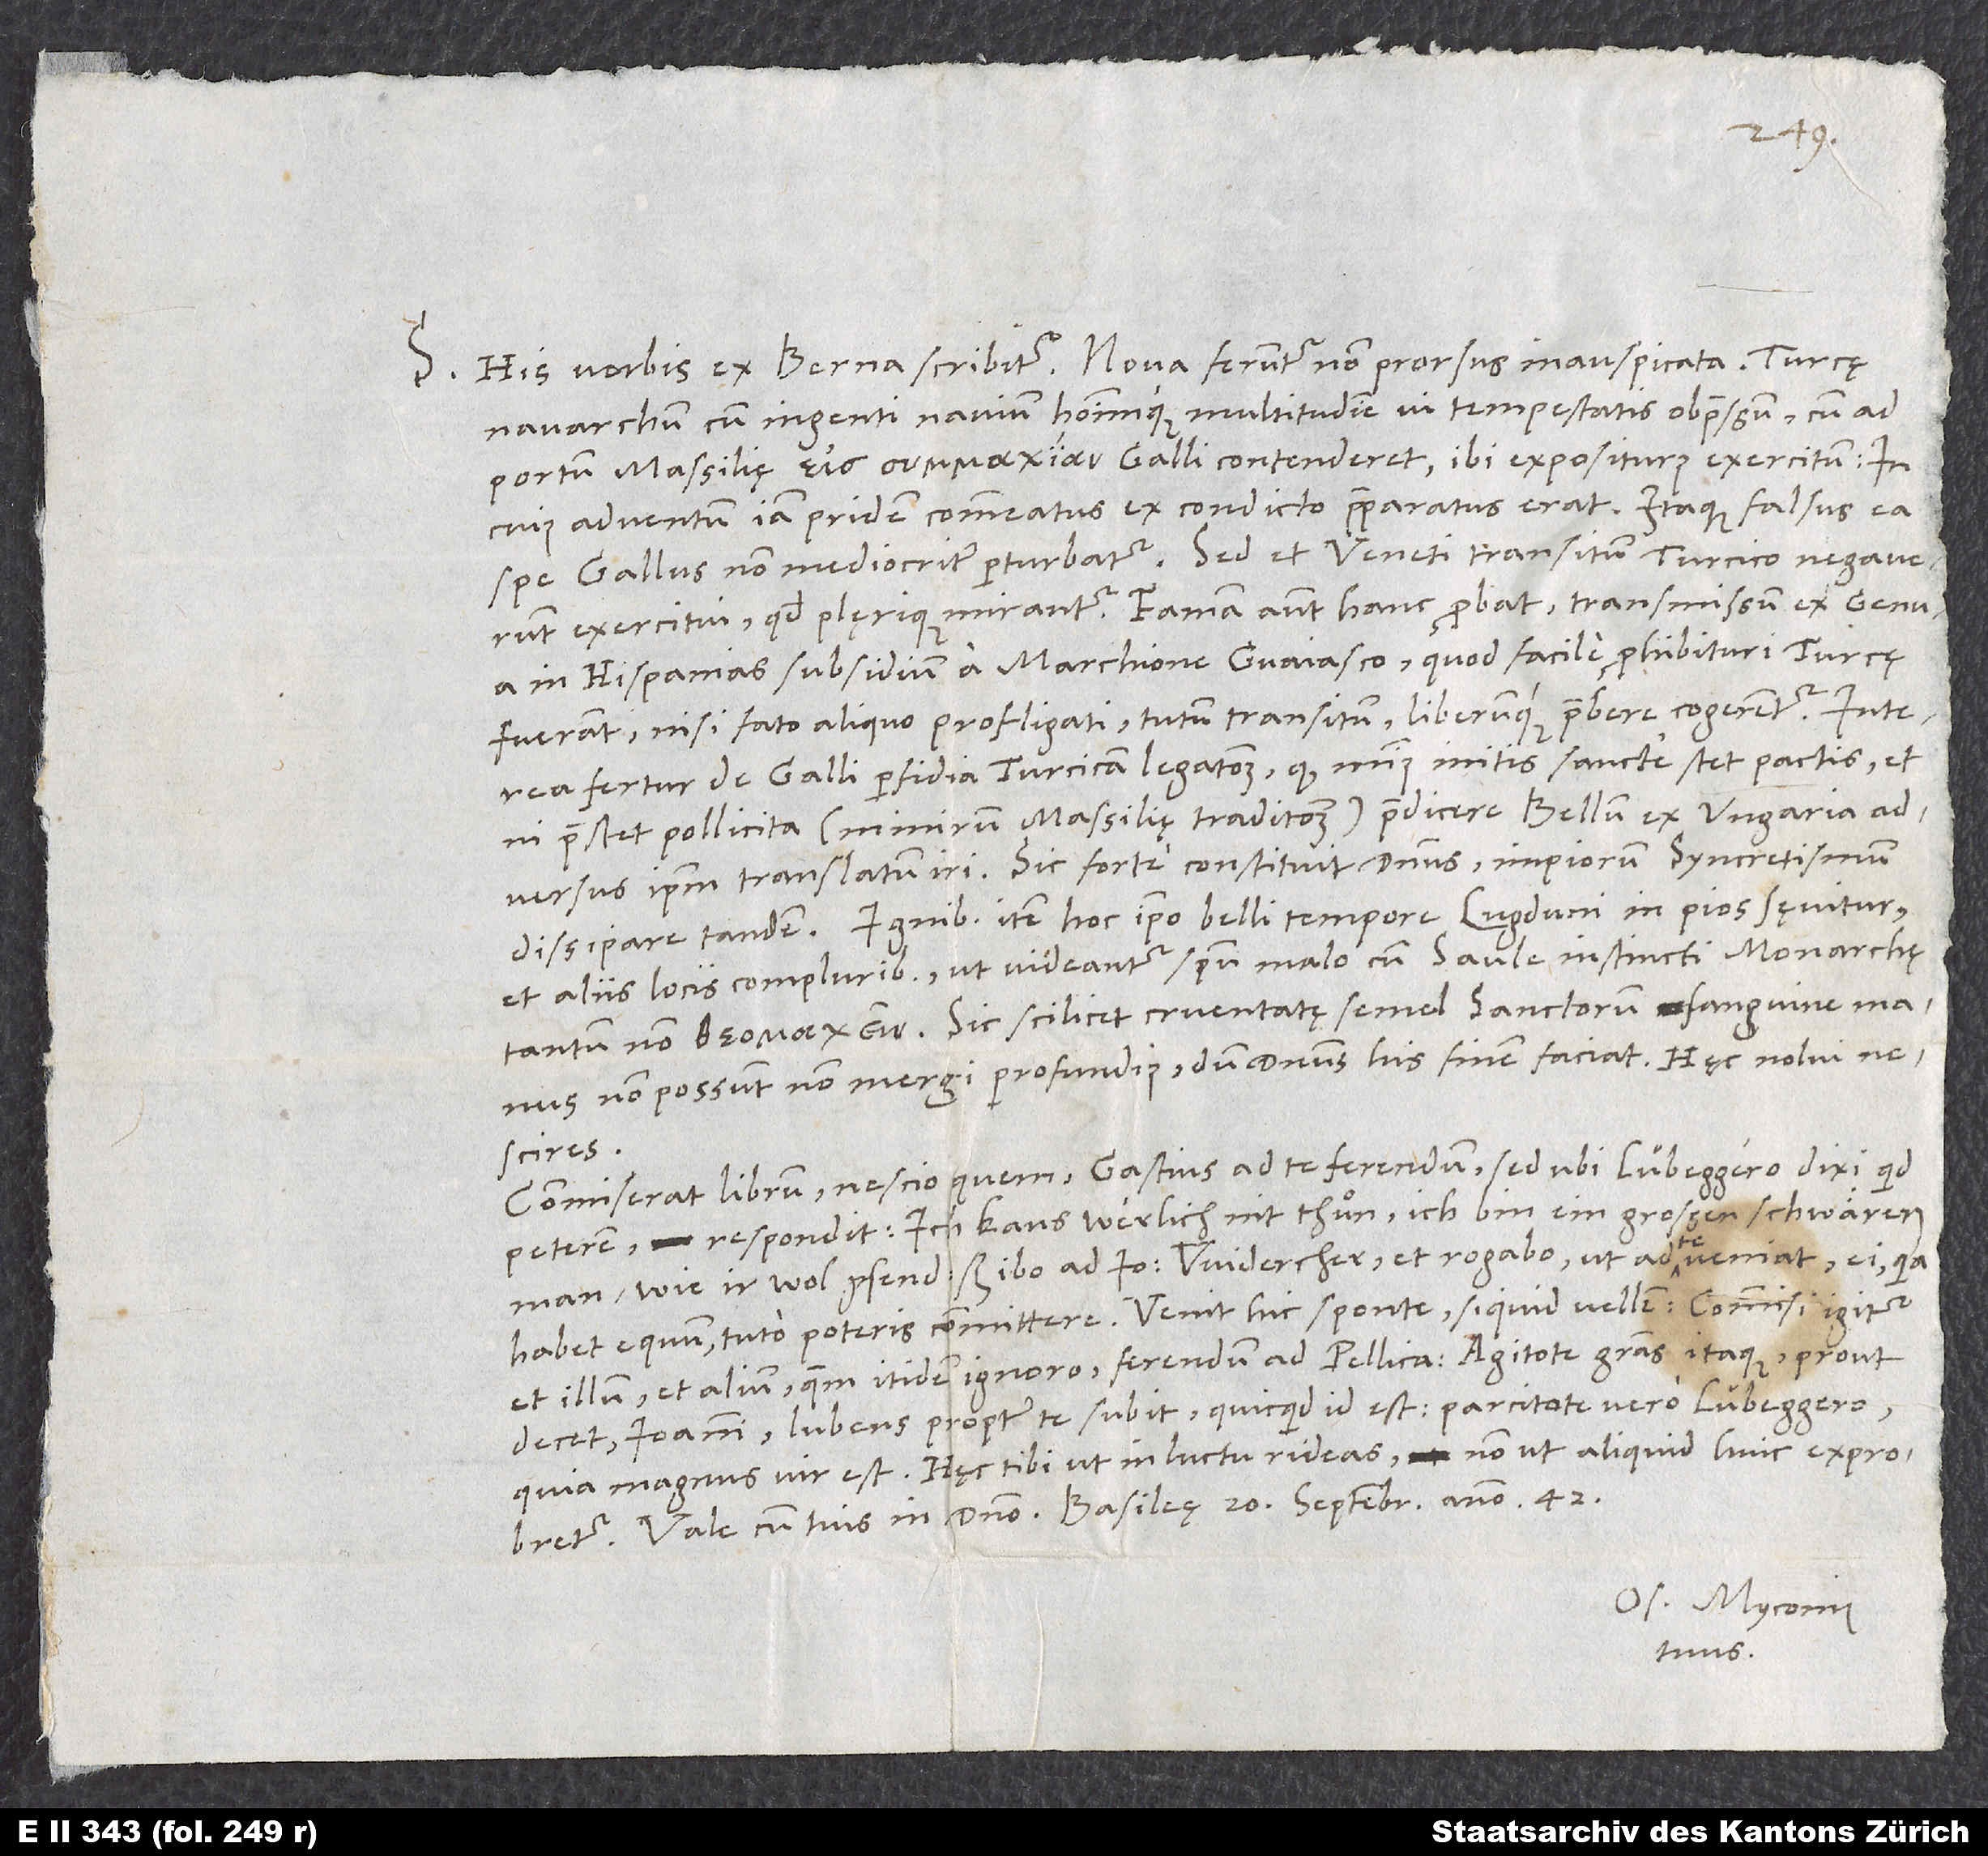
S. His verbis ex Berna scribitur: „Nova feruntur non prorsus inauspicata: Turcę
nauarchum cum ingenti navium hominumque multitudine vi tempestatis obpressum, cum ad
portum Massilię Galli contenderet ibi expositurus exercitum, in
cuius adventum iam pridem commeatus ex condicto praeparatus erat. Itaque falsus ea
spe Gallus non mediocriter perturbatur. Sed et Veneti transitum Turcico negaverunt
exercitui, quod plęrique mirantur. Famam autem hanc probat transmissum ex Genua
in Hispanias subsidium a marchione Guaiasco, quod facile prohibituri Turcę
fuerant, nisi fato aliquo profligati tutum transitum liberumque praebere cogerentur.
fertur de Galli perfidia Turcicam legationem, quod minus initis sancte stet pactis et
praestet pollicita (nimirum Massilię traditionem), praedicere bellum ex Ungaria
adversus ipsum translatum iri. Sic forte constituit dominus impiorum syncretismum
dissipare tandem. Ignibus item hoc ipso belli tempore Lugduni in pios sęvitur
et aliis locis compluribus, ut videantur spiritu malo cum Saule instincti monarchę
tantum non . Sic scilicet cruentatę semel sanctorum sanguine manus
non possunt non mergi profundius, dum dominus his finem faciat.“ Hęc nolui
nescires.
Commiserat librum nescio quem Gastius ad te ferendum; sed ubi Lübeggero dixi, quid
peterem, respondit: „Ich kans werlich nit thuͦn; ich bin ein großen, schwären
man, wie ir wol gsend; sed ibo ad Ioannem Widercher et rogabo, ut ad te veniat; ei, quia
habet equum, tuto poteris committere.“ Venit hic sponte, siquid vellem; commisi igitur
et illum et alium, quem itidem ignoro, ferendum ad Pellicanum. Agitote gratias itaque, prout
decet, Ioanni; lubens propter te subit, quicquid id est. Parcitote vero Lübeggero,
quia magnus vir est. Hęc tibi, ut in luctu rideas, non ut aliquid huic exprobretur.
Os. Myconius
tuus.